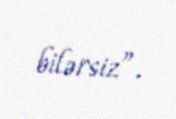
bilərsiz”.